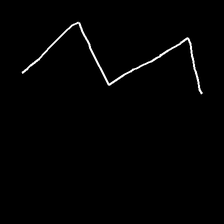
Glyph: crush